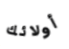
أولائك